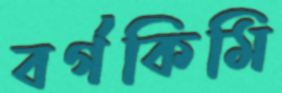
বর্গকিমি